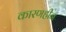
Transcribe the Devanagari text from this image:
कारणहीन